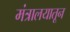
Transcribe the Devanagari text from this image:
मंत्रालयातून